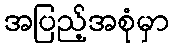
အပြည့်အစုံမှာ